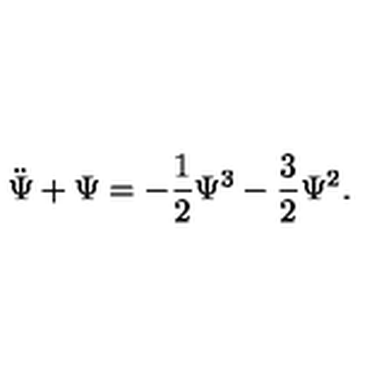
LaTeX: \ddot { \Psi } + \Psi = - \frac { 1 } { 2 } \Psi ^ { 3 } - \frac { 3 } { 2 } \Psi ^ { 2 } .